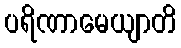
ပရိဏာမေယျာတိ